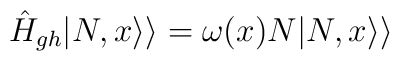
\hat H_{gh}|N,x\rangle\rangle=\omega(x)N|N,x\rangle\rangle